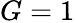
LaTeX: G=1